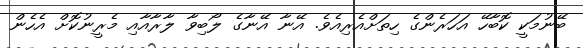
ބޭނުމަކީ ކޮބާހޭ އަހަރެންގެ ހިތަށްއެރިއެވެ. އޭނާ އޭނާގެ ލޯބިވާ ލާރާއާއި މެރީނުކޮށް އެހެން